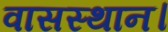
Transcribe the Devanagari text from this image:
वासस्थान।